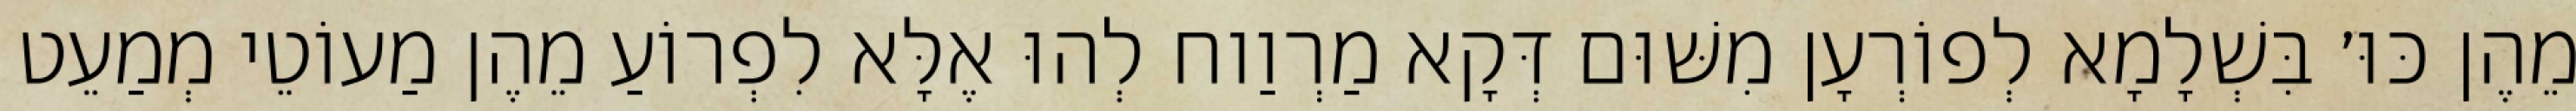
מֵהֶן כּוּ׳ בִּשְׁלָמָא לְפוֹרְעָן מִשּׁוּם דְּקָא מַרְוַוח לְהוּ אֶלָּא לִפְרוֹעַ מֵהֶן מַעוֹטֵי מְמַעֵט